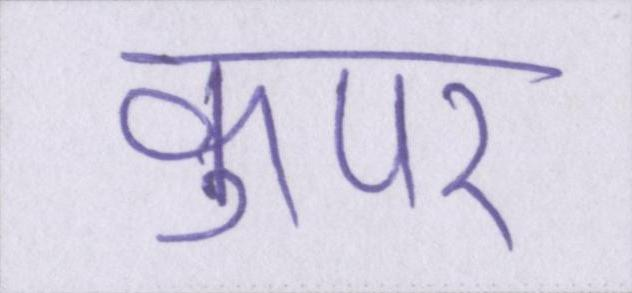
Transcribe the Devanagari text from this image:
कुपर